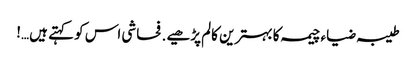
طیبہ ضیاء چیمہ کا بہترین کالم پڑھیے . فحاشی اس کو کہتے ہیں…!